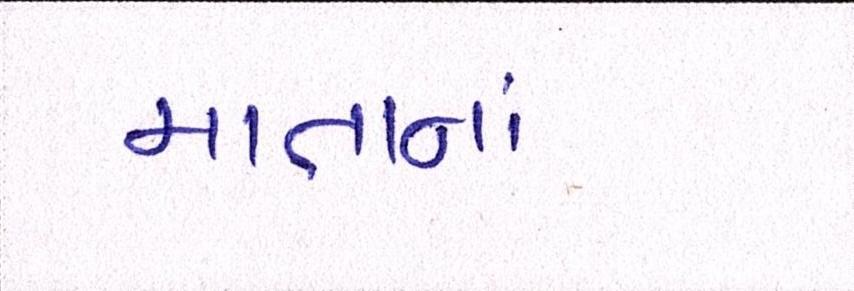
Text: માતાનાં